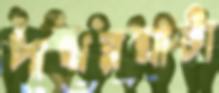
পাথরঘাটা